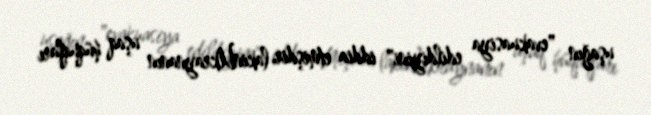
uşağın "evakuasiya edildiyini" iddia etmişdir, lakinUkraynanın uşaq hüquqları